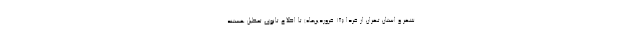
شهر و استان تهران از فردا (۱۸ فروردین‌ماه) تا اطلاع ثانوی تعطیل هستند.